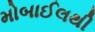
મોબાઈલથી